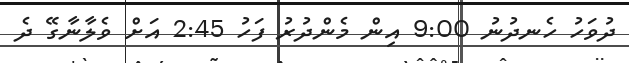
ދުވަހު ހެނދުނު 9:00 އިން މެންދުުރު ފަހު 2:45 އަށް ވެލާނާގޭ ދެ